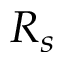
R _ { s }